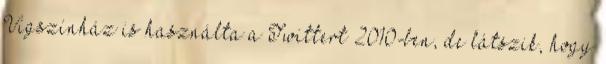
Vígszínház is használta a Twittert 2010-ben, de látszik, hogy